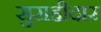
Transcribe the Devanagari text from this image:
सुराहीदार